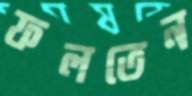
ফলতেন